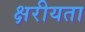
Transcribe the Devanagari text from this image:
क्षरीयता